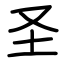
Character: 圣